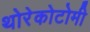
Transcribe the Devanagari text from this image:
थोरेकोटोमी